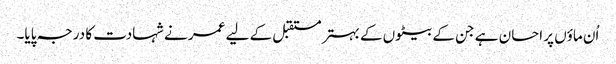
اُن ماؤں پر احسان ہے جن کے بیٹوں کے بہتر مستقبل کے لیے عمر نے شہادت کا درجہ پایا۔